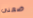
ضعني